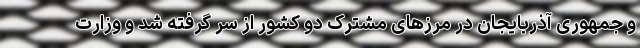
و جمهوری آذربایجان در مرزهای مشترک دو کشور از سر گرفته شد و وزارت